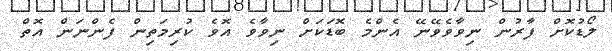
ލޯޑުކޮށް ފާރުން ނިވާވެވޭނޭ އެންމެ ބޮޑަކަށް ނިވާވެ އޮވެ ކުރިމަތިން ފެންނަން އޮތް